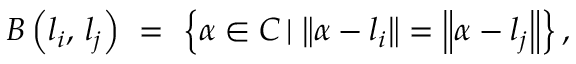
B \left( l _ { i } , \, l _ { j } \right) \ = \ \left\{ \alpha \in C \left| \right. \left\Vert \alpha - l _ { i } \right\Vert = \left\Vert \alpha - l _ { j } \right\Vert \right\} ,